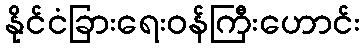
နိုင်ငံခြားရေးဝန်ကြီးဟောင်း